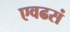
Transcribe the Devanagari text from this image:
एवढसं